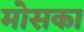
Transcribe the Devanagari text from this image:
मोसका